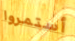
أستمروا